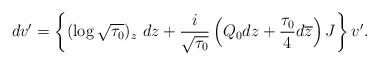
LaTeX: \begin{align*}dv'=\left\{(\log\sqrt{\tau_0})_z\ dz+\frac{i}{\sqrt{\tau_0}}\left(Q_0dz+\frac{\tau_0}{4}d\overline{z}\right)J\right\} v'.\end{align*}